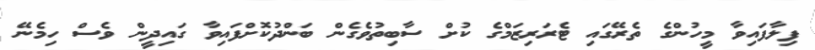
ފިލާފައިވާ މީހުންގެ ތެރޭގައި ޓެރަރިޒަމްގެ ކުށް ސާބިތުވެގެން ބަންދުކޮށްފައިވާ ގައިދީން ވެސް ހިމެނޭ